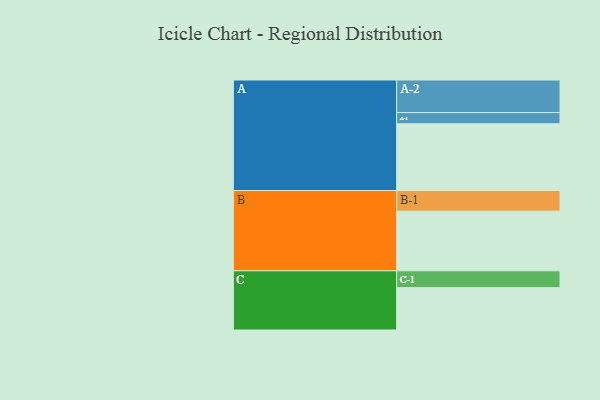
{"axis": {"x": "Segment", "y": "Value"}, "legend": ["", "A", "B", "C"], "data": [{"x": "A", "y": 559, "type": ""}, {"x": "B", "y": 500, "type": ""}, {"x": "C", "y": 355, "type": ""}, {"x": "A-1", "y": 94, "type": "A"}, {"x": "A-2", "y": 273, "type": "A"}, {"x": "B-1", "y": 173, "type": "B"}, {"x": "C-1", "y": 141, "type": "C"}]}